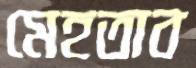
মেহতাব